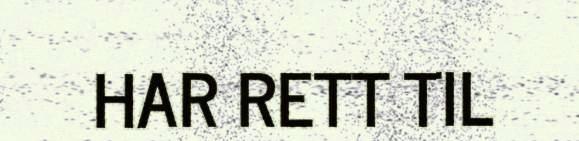
HAR RETT TIL